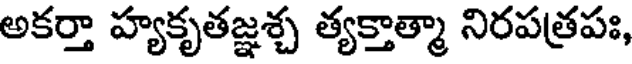
అకర్తా హ్యకృతజ్ఞశ్చ త్యక్తాత్మా నిరపత్రపః,